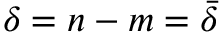
\delta = n - m = \bar { \delta }